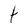
Character: t